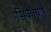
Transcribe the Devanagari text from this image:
सिकीयांग